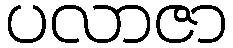
ပလာဇာ